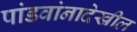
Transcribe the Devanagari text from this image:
पांडवांनादेखील